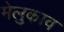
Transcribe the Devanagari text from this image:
मेलुकाव